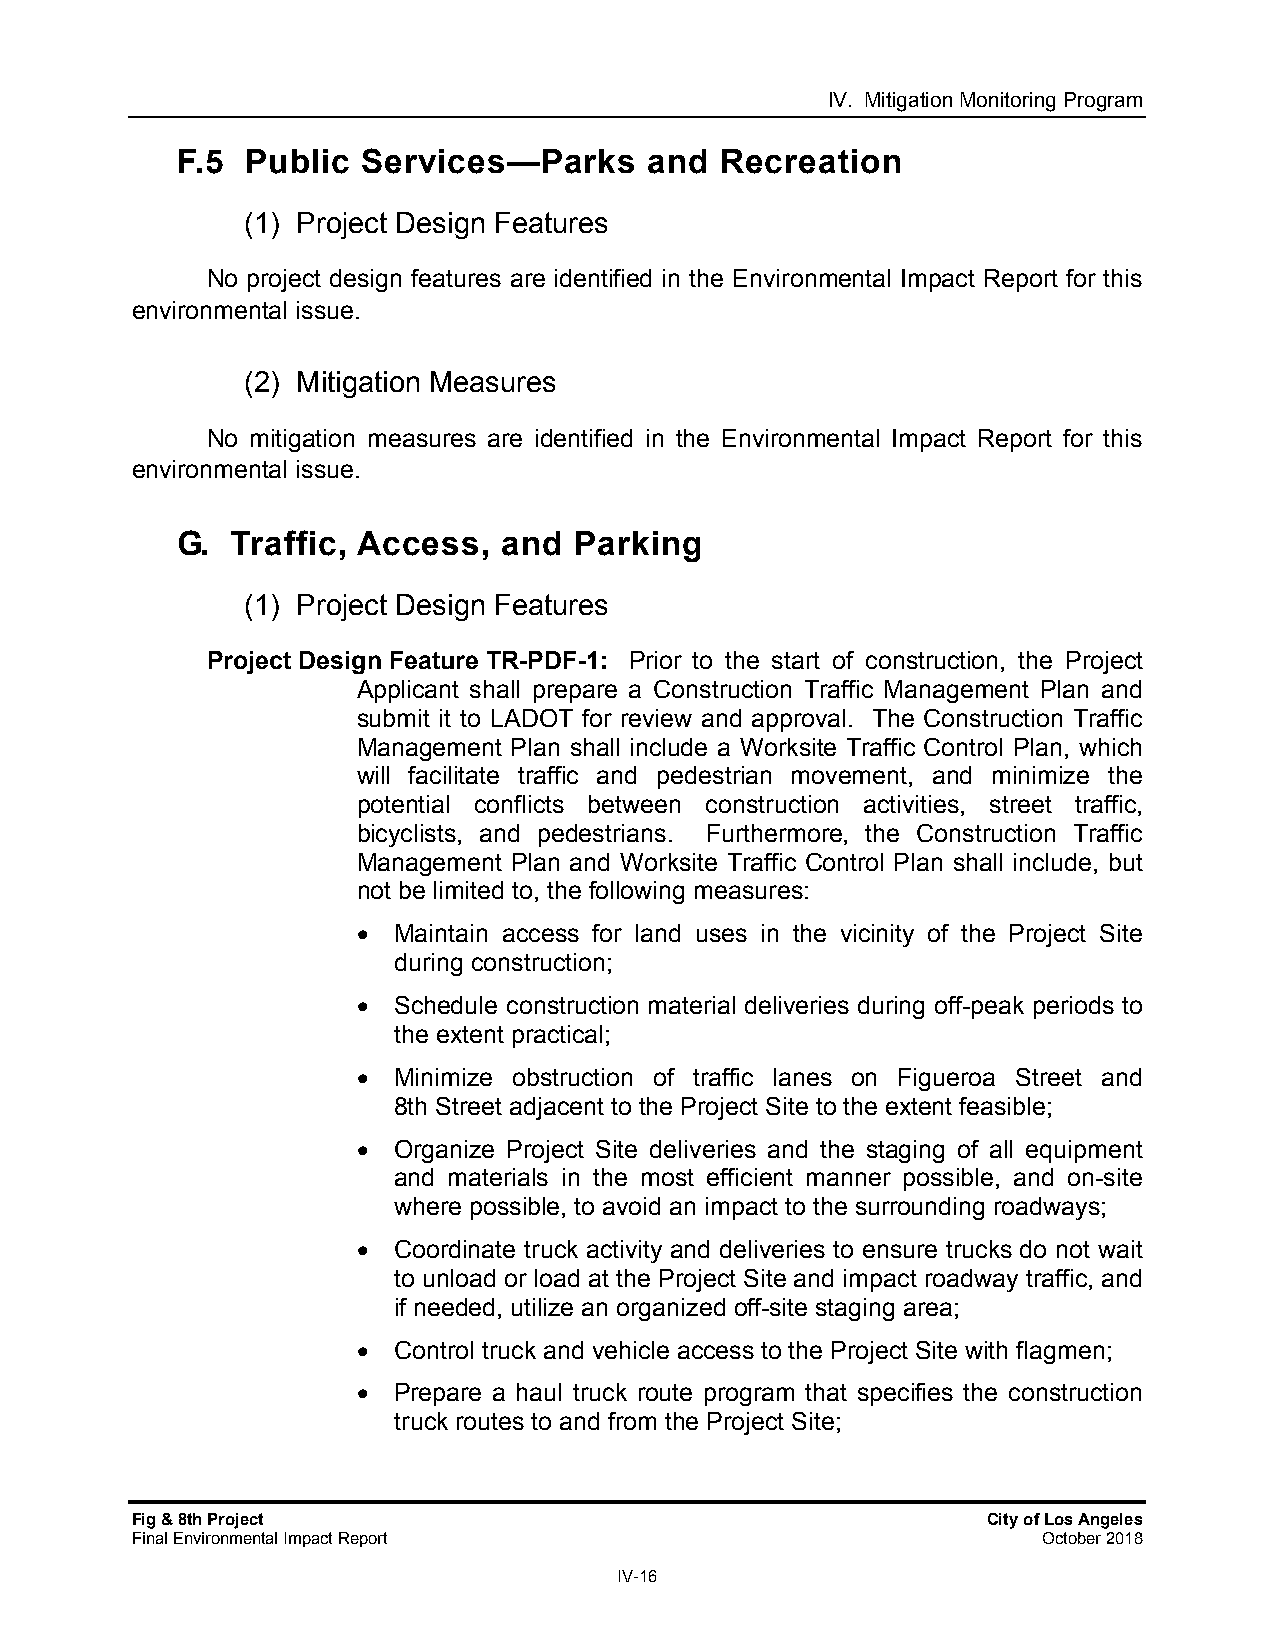
IV. Mitigation Monitoring Program
 F.5 Public  Services—Parks     and  Recreation
 (1) Project Design Features
 No project design features are identified in the Environmental Impact Report for this
 environmental issue.
 (2) Mitigation Measures
 No mitigation measures are identified in the Environmental Impact Report for this
 environmental issue.
 G. Traffic, Access,  and  Parking
 (1) Project Design Features
 Project Design Feature TR-PDF-1: Prior to the start of construction, the Project
 Applicant shall prepare a Construction Traffic Management Plan and
 submit it to LADOT for review and approval. The Construction Traffic
 Management Plan shall include a Worksite Traffic Control Plan, which
 will facilitate traffic and pedestrian movement, and minimize the
 potential conflicts between construction activities, street traffic,
 bicyclists, and pedestrians. Furthermore, the Construction Traffic
 Management Plan and Worksite Traffic Control Plan shall include, but
 not be limited to, the following measures:
  Maintain access for land uses in the vicinity of the Project Site
 during construction;
  Schedule construction material deliveries during off-peak periods to
 the extent practical;
  Minimize obstruction of traffic lanes on Figueroa Street and
 8th Street adjacent to the Project Site to the extent feasible;
  Organize Project Site deliveries and the staging of all equipment
 and materials in the most efficient manner possible, and on-site
 where possible, to avoid an impact to the surrounding roadways;
  Coordinate truck activity and deliveries to ensure trucks do not wait
 to unload or load at the Project Site and impact roadway traffic, and
 if needed, utilize an organized off-site staging area;
  Control truck and vehicle access to the Project Site with flagmen;
  Prepare a haul truck route program that specifies the construction
 truck routes to and from the Project Site;
 Fig & 8th Project                                       City of Los Angeles
 Final Environmental Impact Report                           October 2018
 IV-16